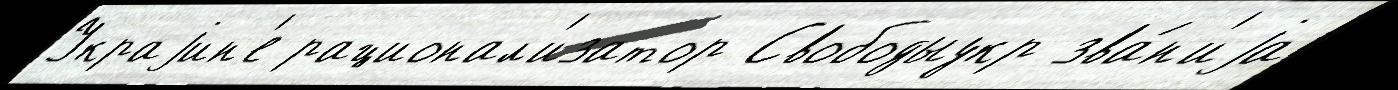
Украjин'е рационал'изатор Свободыукр зва́н'иjа